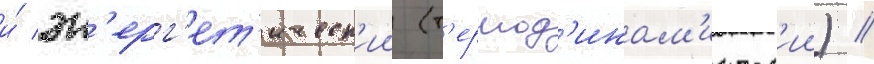
и́ эн'ерг'ет'ическ'ии (т'ермод'инам'ическ'ии) //